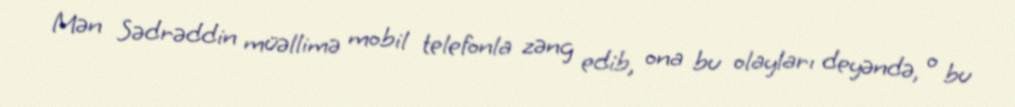
Mən Sədrəddin müəllimə mobil telefonla zəng edib, ona bu olayları deyəndə, o bu